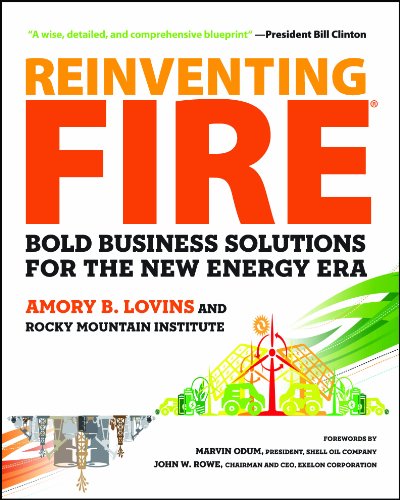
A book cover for Reinventing Fire: Bold Business Solutions for the New Energy Era; Amory Lovins; Engineering & Transportation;